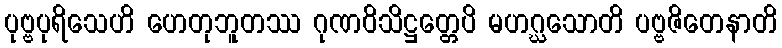
ပုဗ္ဗပုရိသေဟိ ဟေတုဘူတဿ ဂုဏဝိသိဋ္ဌတ္တေပိ မဟဂ္ဃသောတိ ပဗ္ဗဇိတေနာတိ